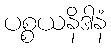
ပစ္စယနိဒါနံ